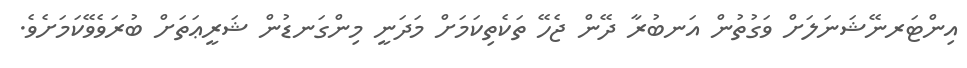
އިންޓަރނޭޝަނަލަށް ވަގުތުން އަނބުރާ ދޭން ޖެހޭ ތަކެތިކަމަށް މަދަނީ މިންގަނޑުން ޝަރީޢަތަށް ބުރަވެވޭކަމަށެވެ.